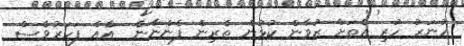
ހުނަރު ހުރި އެތަށް ޒުވާން ކުޅުން ތެރިން ފެންނާނެ  އެްއް ފަހަރުވެސް